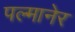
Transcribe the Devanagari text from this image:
पल्मानेर